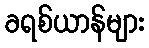
ခရစ်ယာန်များ